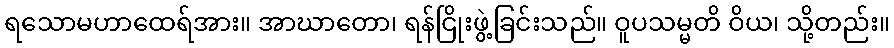
ရသောမဟာထေရ်အား။ အာဃာတော၊ ရန်ငြိုးဖွဲ့ခြင်းသည်။ ဝူပသမ္မတိ ဝိယ၊ သို့တည်း။